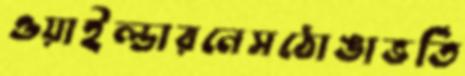
ওয়াইল্ডারনেসঠোঙাভর্তি